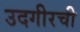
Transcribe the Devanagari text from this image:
उदगीरची